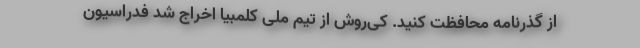
از گذرنامه محافظت کنید. کی‌روش از تیم ملی کلمبیا اخراج شد فدراسیون